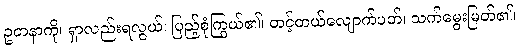
ဥတနာကို၊ ရှာလည်းရလွယ်၊ ပြည့်စုံကြွယ်၏၊ တင့်တယ်လျောက်ပတ်၊ သက်မွေးမြတ်၏၊